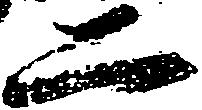
二